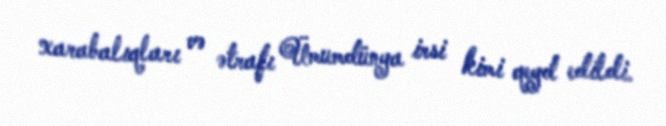
xarabalıqları və ətrafı Ümumdünya irsi kimi qeyd edildi.